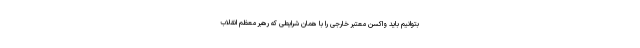
بتوانیم باید واکسن معتبر خارجی را با همان شرایطی که رهبر معظم انقلاب